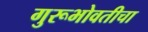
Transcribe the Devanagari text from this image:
गुरूभोवतीचा